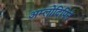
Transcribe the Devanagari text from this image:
अम्लोदिपिने